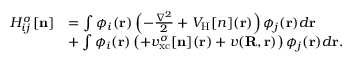
\begin{array} { r l } { H _ { i j } ^ { \sigma } [ { \bf n } ] } & { = \int \phi _ { i } ( { \bf r } ) \left( - \frac { \nabla ^ { 2 } } { 2 } + V _ { \mathrm { H } } [ n ] ( { \bf r } ) \right) \phi _ { j } ( { \bf r } ) d { \bf r } } \\ & { + \int \phi _ { i } ( { \bf r } ) \left( + v _ { \mathrm { x c } } ^ { \sigma } [ { \bf n } ] ( { \bf r } ) + v ( { \bf R , r } ) \right) \phi _ { j } ( { \bf r } ) d { \bf r } . } \end{array}